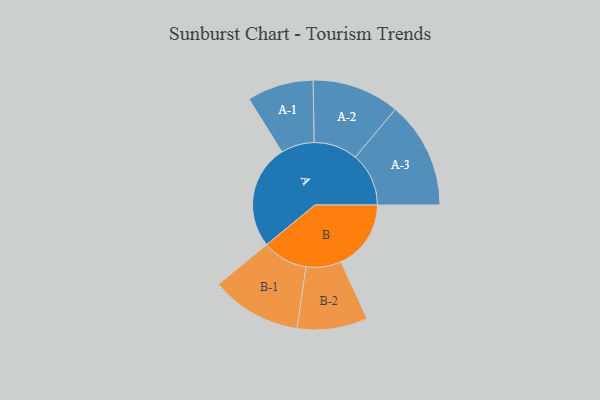
{"axis": {"x": "Segment", "y": "Value"}, "legend": ["", "A", "B"], "data": [{"x": "A", "y": 474, "type": ""}, {"x": "B", "y": 318, "type": ""}, {"x": "A-1", "y": 151, "type": "A"}, {"x": "A-2", "y": 199, "type": "A"}, {"x": "A-3", "y": 243, "type": "A"}, {"x": "B-1", "y": 206, "type": "B"}, {"x": "B-2", "y": 160, "type": "B"}]}